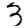
Digit: 3